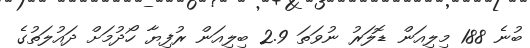
ބުނެ 188 މިލިއަން ޑޮލަރު ނުވަތަ 2.9 ބިލިއަން ރުފިޔާ ހޯދުމަށް ދައުލަތުގެ